Riigikantselei, lk 6
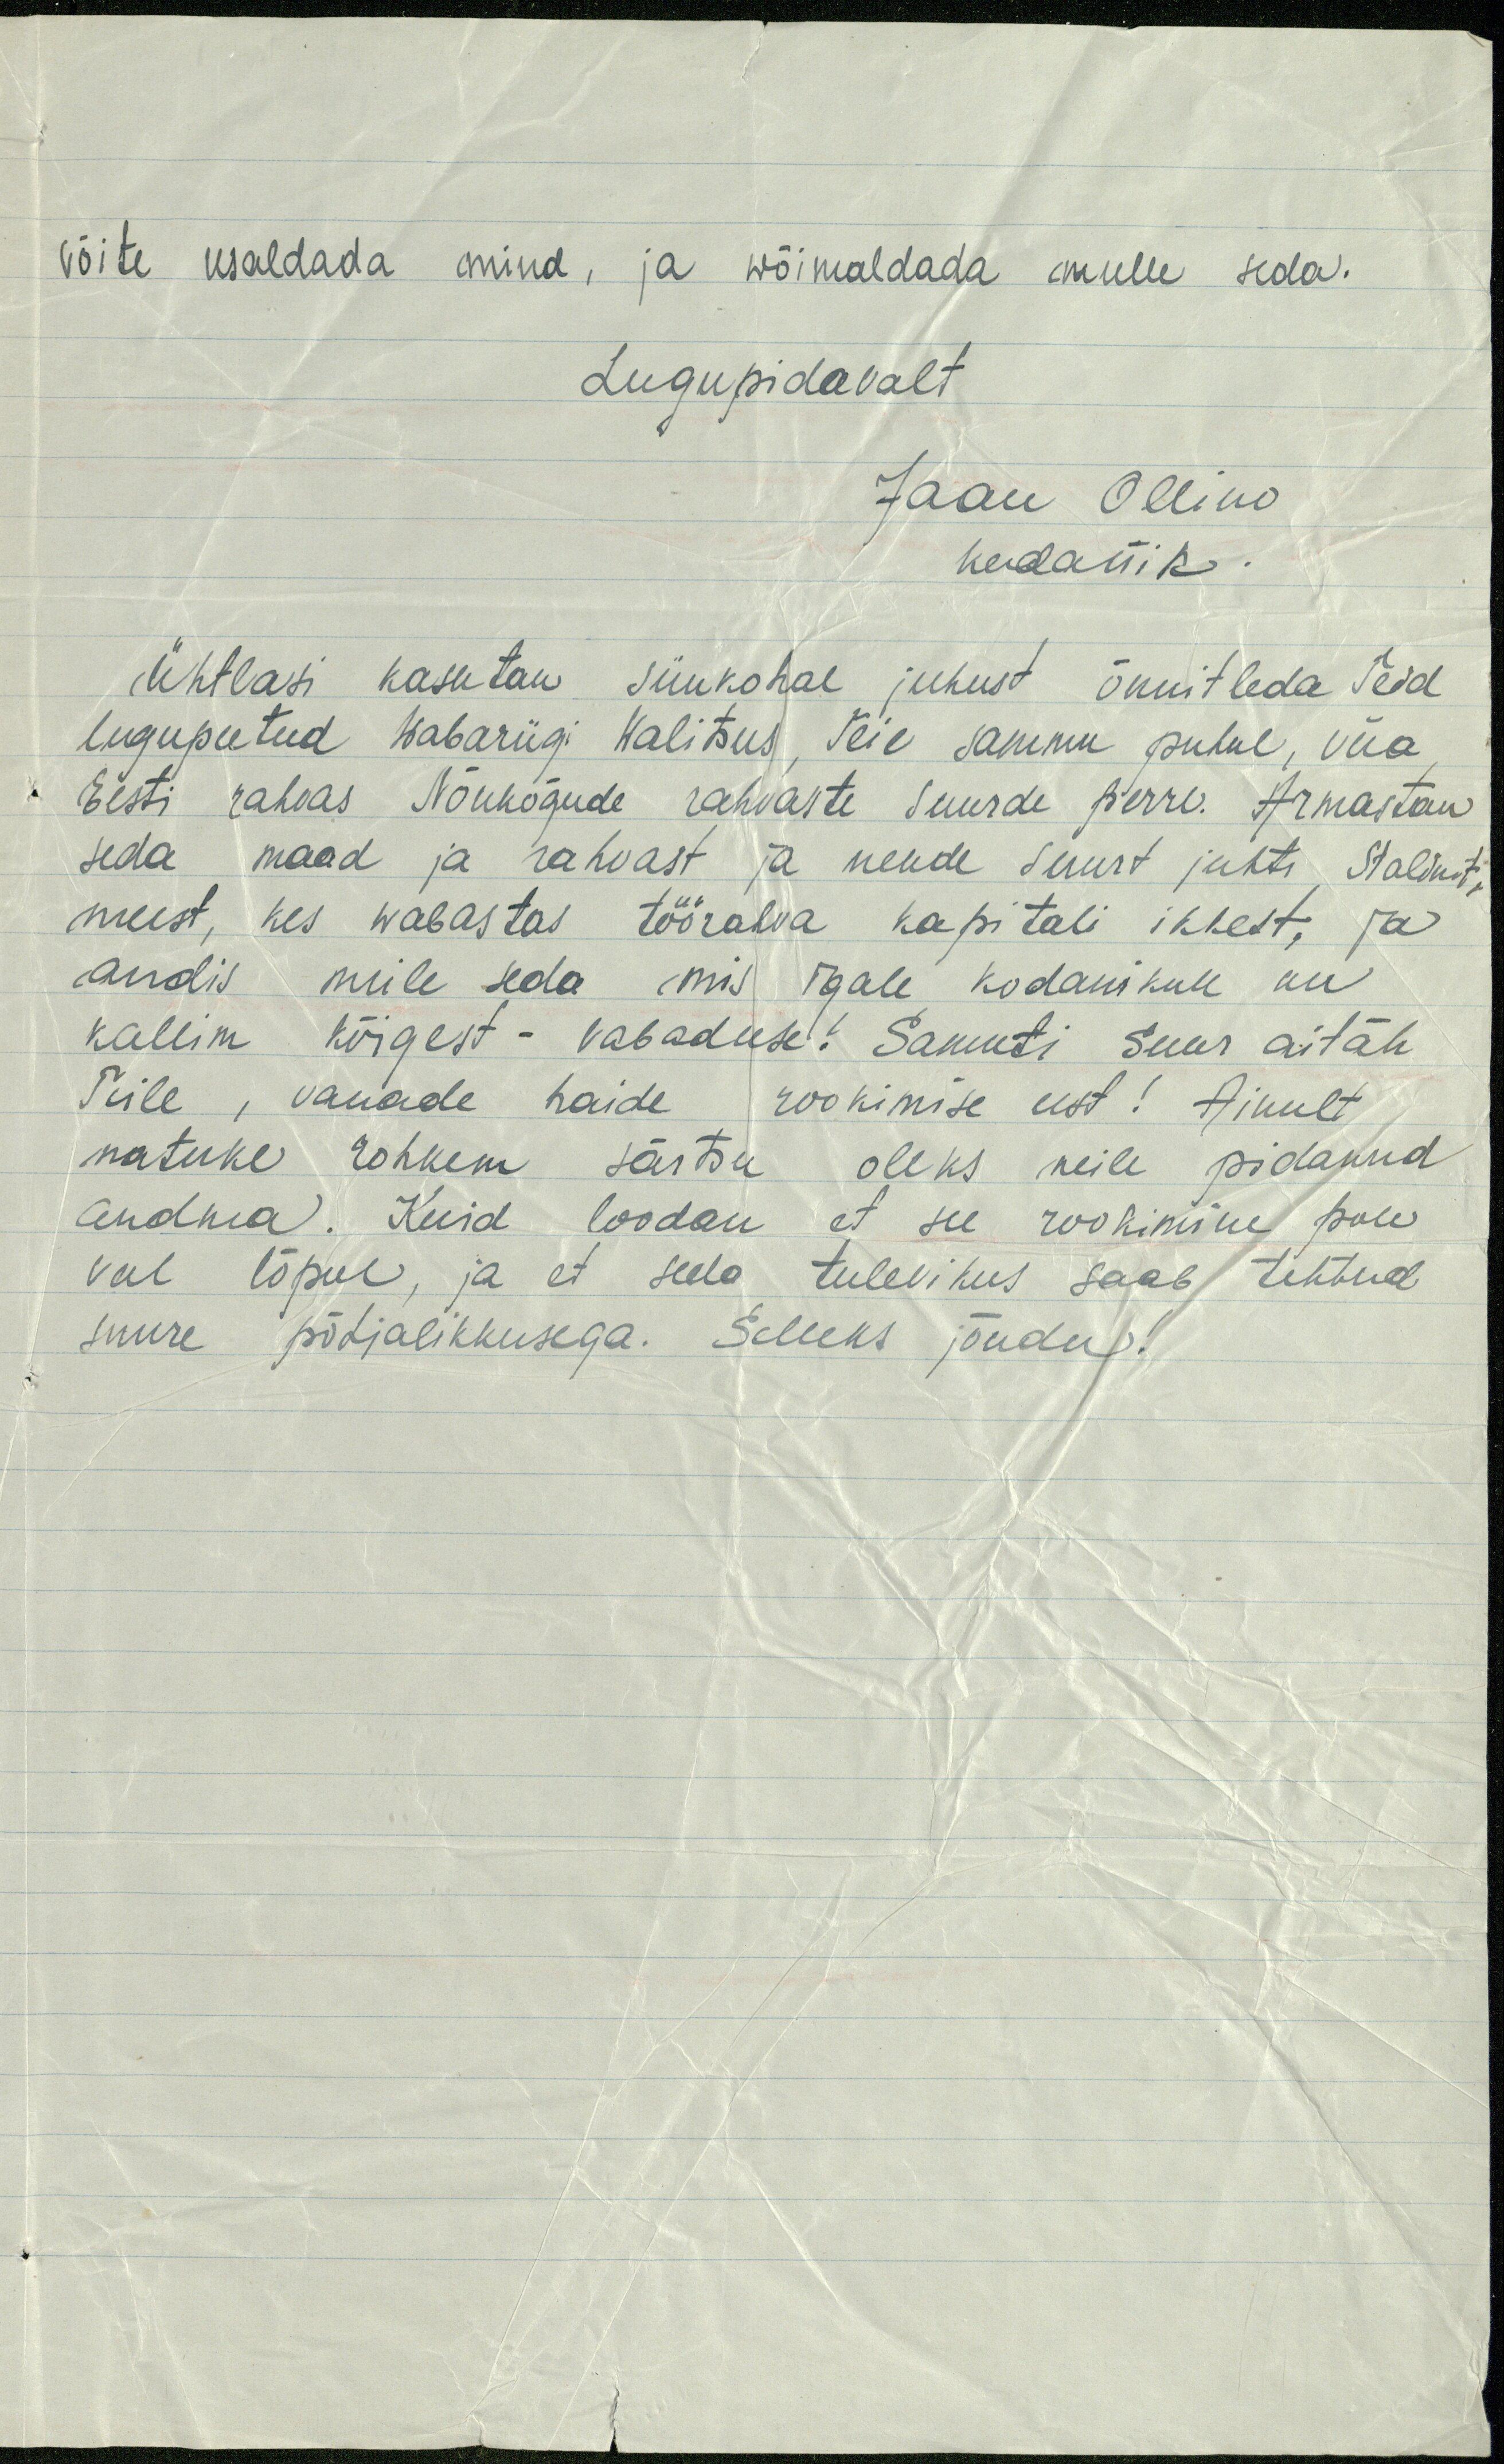
võite usaldada mind, ja wõimaldada mulle seda.
Lugupidavalt
Jaan Ollino
kodanik.
Ühtlasi kasutan siinkohal juhust õnnitleda Teid
lugupeetud Wabariigi Walitsus. Teie sammu puhul, viia
Eesti rahvas Nõukogude rahvaste suurde perre. Armastan
seda maad ja rahvast ja nende suurt juhti Stalinit,
meest, kes wabastas töörahva kapitali ikkest, ja
andis meile seda mis igale kodanikule on
kallim kõigest - vabaduse! Samuti suur aitäh-
Teile, vanade haide rookimise eest! Ainult
natuke rohkem särtsu oleks neile pidanud
andma. Kuid loodan, et see rookimine pole
veel lõpul, ja et seda tulevikus saab tehtud
suure põhjalikkusega. Selleks jõudu!